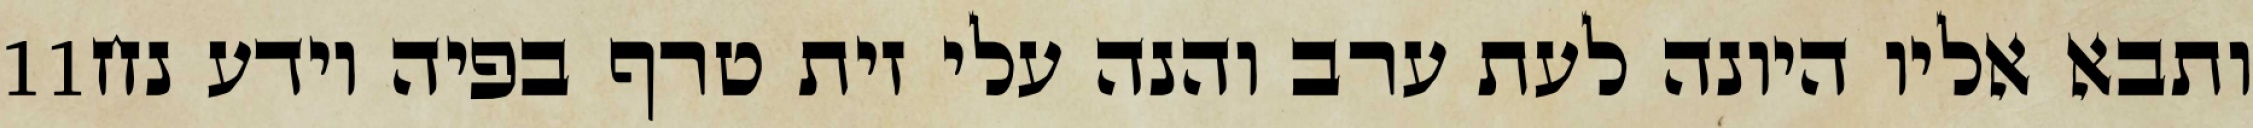
‎11‏ ותבא אליו היונה לעת ערב והנה עלי זית טרף בפיה וידע נח